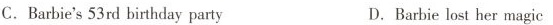
C.Barbie's 53rd birthday party D. Barbie lost her magic